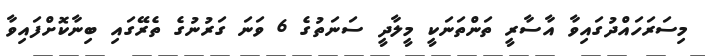
މިސަރަހައްދުގައިވާ އާސާރީ ތަންތަނަކީ މީލާދީ ސަނަތުގެ 6 ވަނަ ގަރުނުގެ ތެރޭގައި ބިނާކޮށްފައިވާ